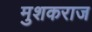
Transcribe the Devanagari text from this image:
मुशकराज